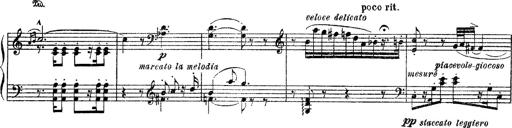
Title: Apparitions
Composer: Franz Liszt